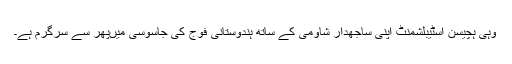
وہی ہچیسن اسٹیبلشمنٹ اپنی ساجھدار شاؤمی کے ساتھ ہندوستانی فوج کی جاسوسی میںپھر سے سرگرم ہے۔